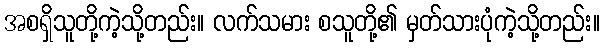
အစရှိသူတို့ကဲ့သို့တည်း။ လက်သမား စသူတို့၏ မှတ်သားပုံကဲ့သို့တည်း။